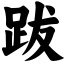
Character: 跋